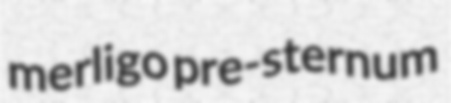
merligo pre-sternum